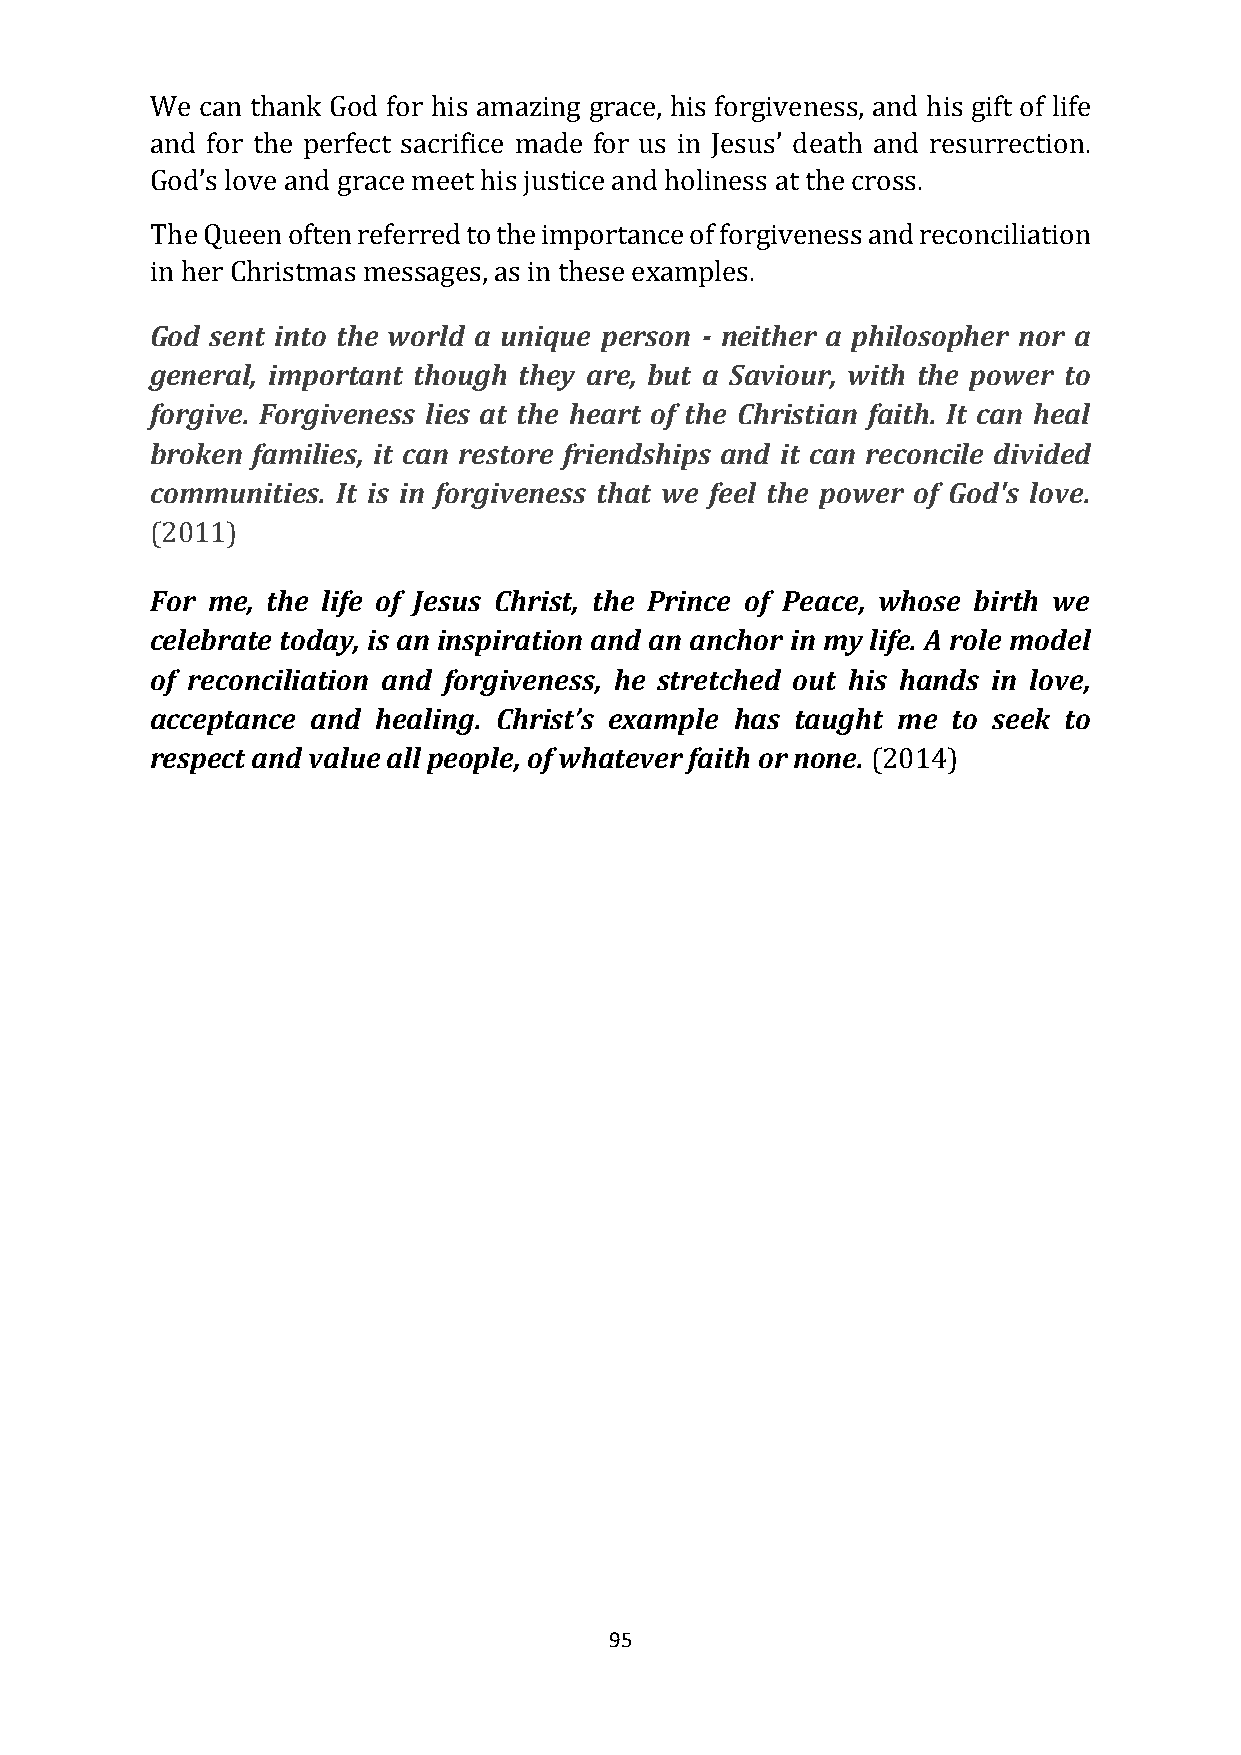
We can thank God for his amazing grace, his forgiveness, and his gift of life
 and for the perfect sacrifice made for us in Jesus’ death and resurrection.
 God’s love and grace meet his justice and holiness at the cross.
 The Queen often referred to the importance of forgiveness and reconciliation
 in her Christmas messages, as in these examples.
 God sent into the world a unique person - neither a philosopher nor a
 general, important though they are, but a Saviour, with the power to
 forgive. Forgiveness lies at the heart of the Christian faith. It can heal
 broken families, it can restore friendships and it can reconcile divided
 communities. It is in forgiveness that we feel the power of God's love.
 (2011)
 For me, the life of Jesus Christ, the Prince of Peace, whose birth we
 celebrate today, is an inspiration and an anchor in my life. A role model
 of reconciliation and forgiveness, he stretched out his hands in love,
 acceptance and healing. Christ’s example has taught me to seek to
 respect and value all people, of whatever faith or none. (2014)
 95